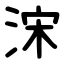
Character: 浨